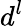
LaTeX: d^{l}